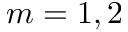
m = 1 , 2